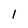
Character: l